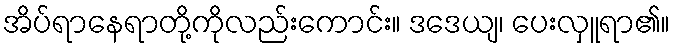
အိပ်ရာနေရာတို့ကိုလည်းကောင်း။ ဒဒေယျ၊ ပေးလှူရာ၏။